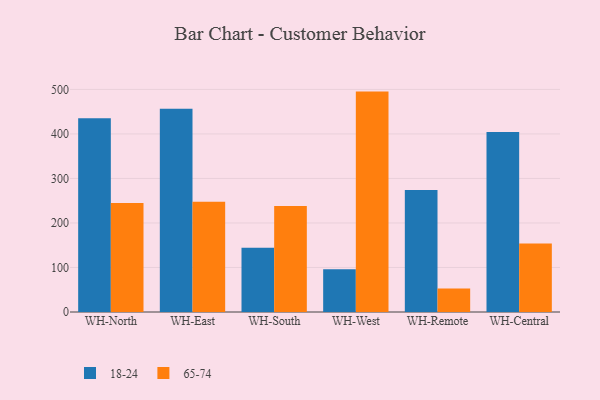
{"axis": {"x": "Warehouse", "y": "Humidity (%)"}, "legend": ["18-24", "65-74"], "data": [{"x": "WH-North", "y": 435.5, "type": "18-24"}, {"x": "WH-North", "y": 244.6, "type": "65-74"}, {"x": "WH-East", "y": 456.8, "type": "18-24"}, {"x": "WH-East", "y": 247.6, "type": "65-74"}, {"x": "WH-South", "y": 144.3, "type": "18-24"}, {"x": "WH-South", "y": 238.0, "type": "65-74"}, {"x": "WH-West", "y": 95.8, "type": "18-24"}, {"x": "WH-West", "y": 495.1, "type": "65-74"}, {"x": "WH-Remote", "y": 273.9, "type": "18-24"}, {"x": "WH-Remote", "y": 53.0, "type": "65-74"}, {"x": "WH-Central", "y": 404.4, "type": "18-24"}, {"x": "WH-Central", "y": 153.8, "type": "65-74"}]}